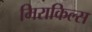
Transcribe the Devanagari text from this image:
मिराकिल्स